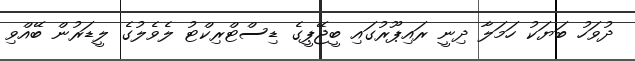
ދުވަހު ބަޔަކު ހަމަލާ ދިނީ ރައިޕޫރުގައި ބީޖޭޕީގެ ޑިސްޓްރިކްޓު ލެވެލުގެ ލީޑަރުން ބޭއްވި